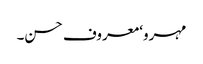
مہرو‘ معروف حسن۔